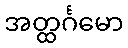
အတ္ထင်္ဂမော